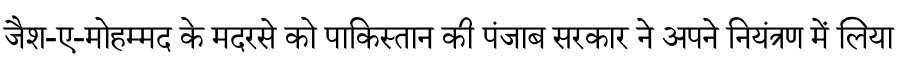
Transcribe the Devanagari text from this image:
जैश-ए-मोहम्मद के मदरसे को पाकिस्तान की पंजाब सरकार ने अपने नियंत्रण में लिया